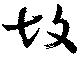
故